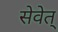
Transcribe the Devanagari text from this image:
सेवेत्